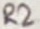
Text: R2